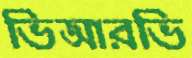
ভিআরভি